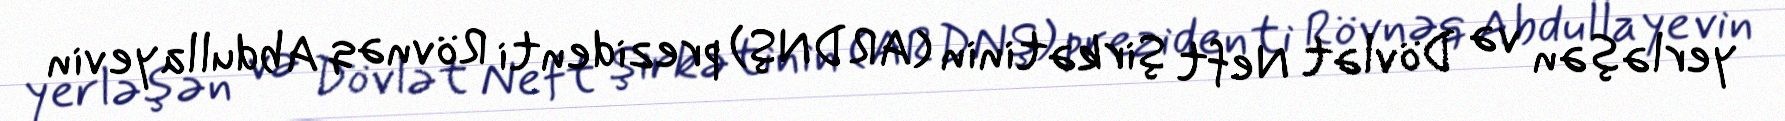
yerləşən və Dövlət Neft Şirkətinin (ARDNŞ) prezidenti Rövnəq Abdullayevin